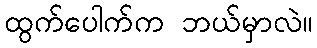
ထွက်ပေါက်က ဘယ်မှာလဲ။